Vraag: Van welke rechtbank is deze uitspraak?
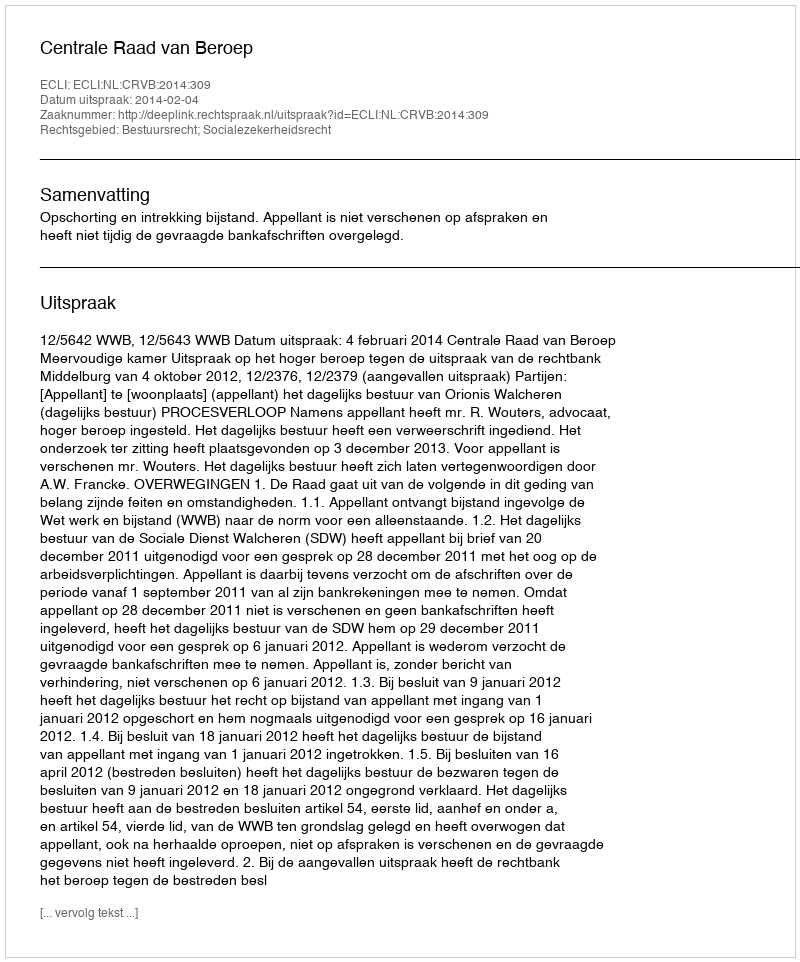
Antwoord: Centrale Raad van Beroep